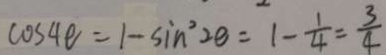
\cos 4 e = 1 - \sin ^ { 2 } 2 e = 1 - \frac { 1 } { 4 } = \frac { 3 } { 4 }